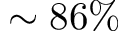
\sim 8 6 \%